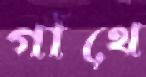
গাঁথে